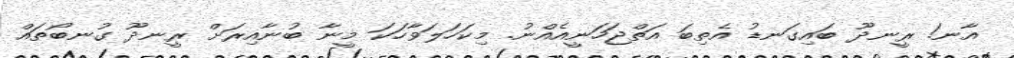
އާނ! ރީނދޫ ބައިގަނޑު އެތިބަ އަތްޖަހަނީއެއްނު. މިކަހަލަވާހަކަ މީނާ ބުނާއިރަށް ރީނދޫ ގުނބޯތައް